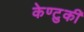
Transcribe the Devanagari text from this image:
केण्टुकी